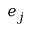
e _ { j }